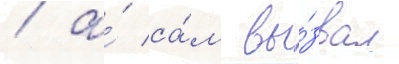
/ а́ са́м вы́звал